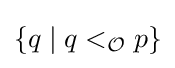
\lbrace q\mid q<_{\mathcal {O}}p\rbrace